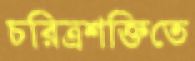
চরিত্রশক্তিতে